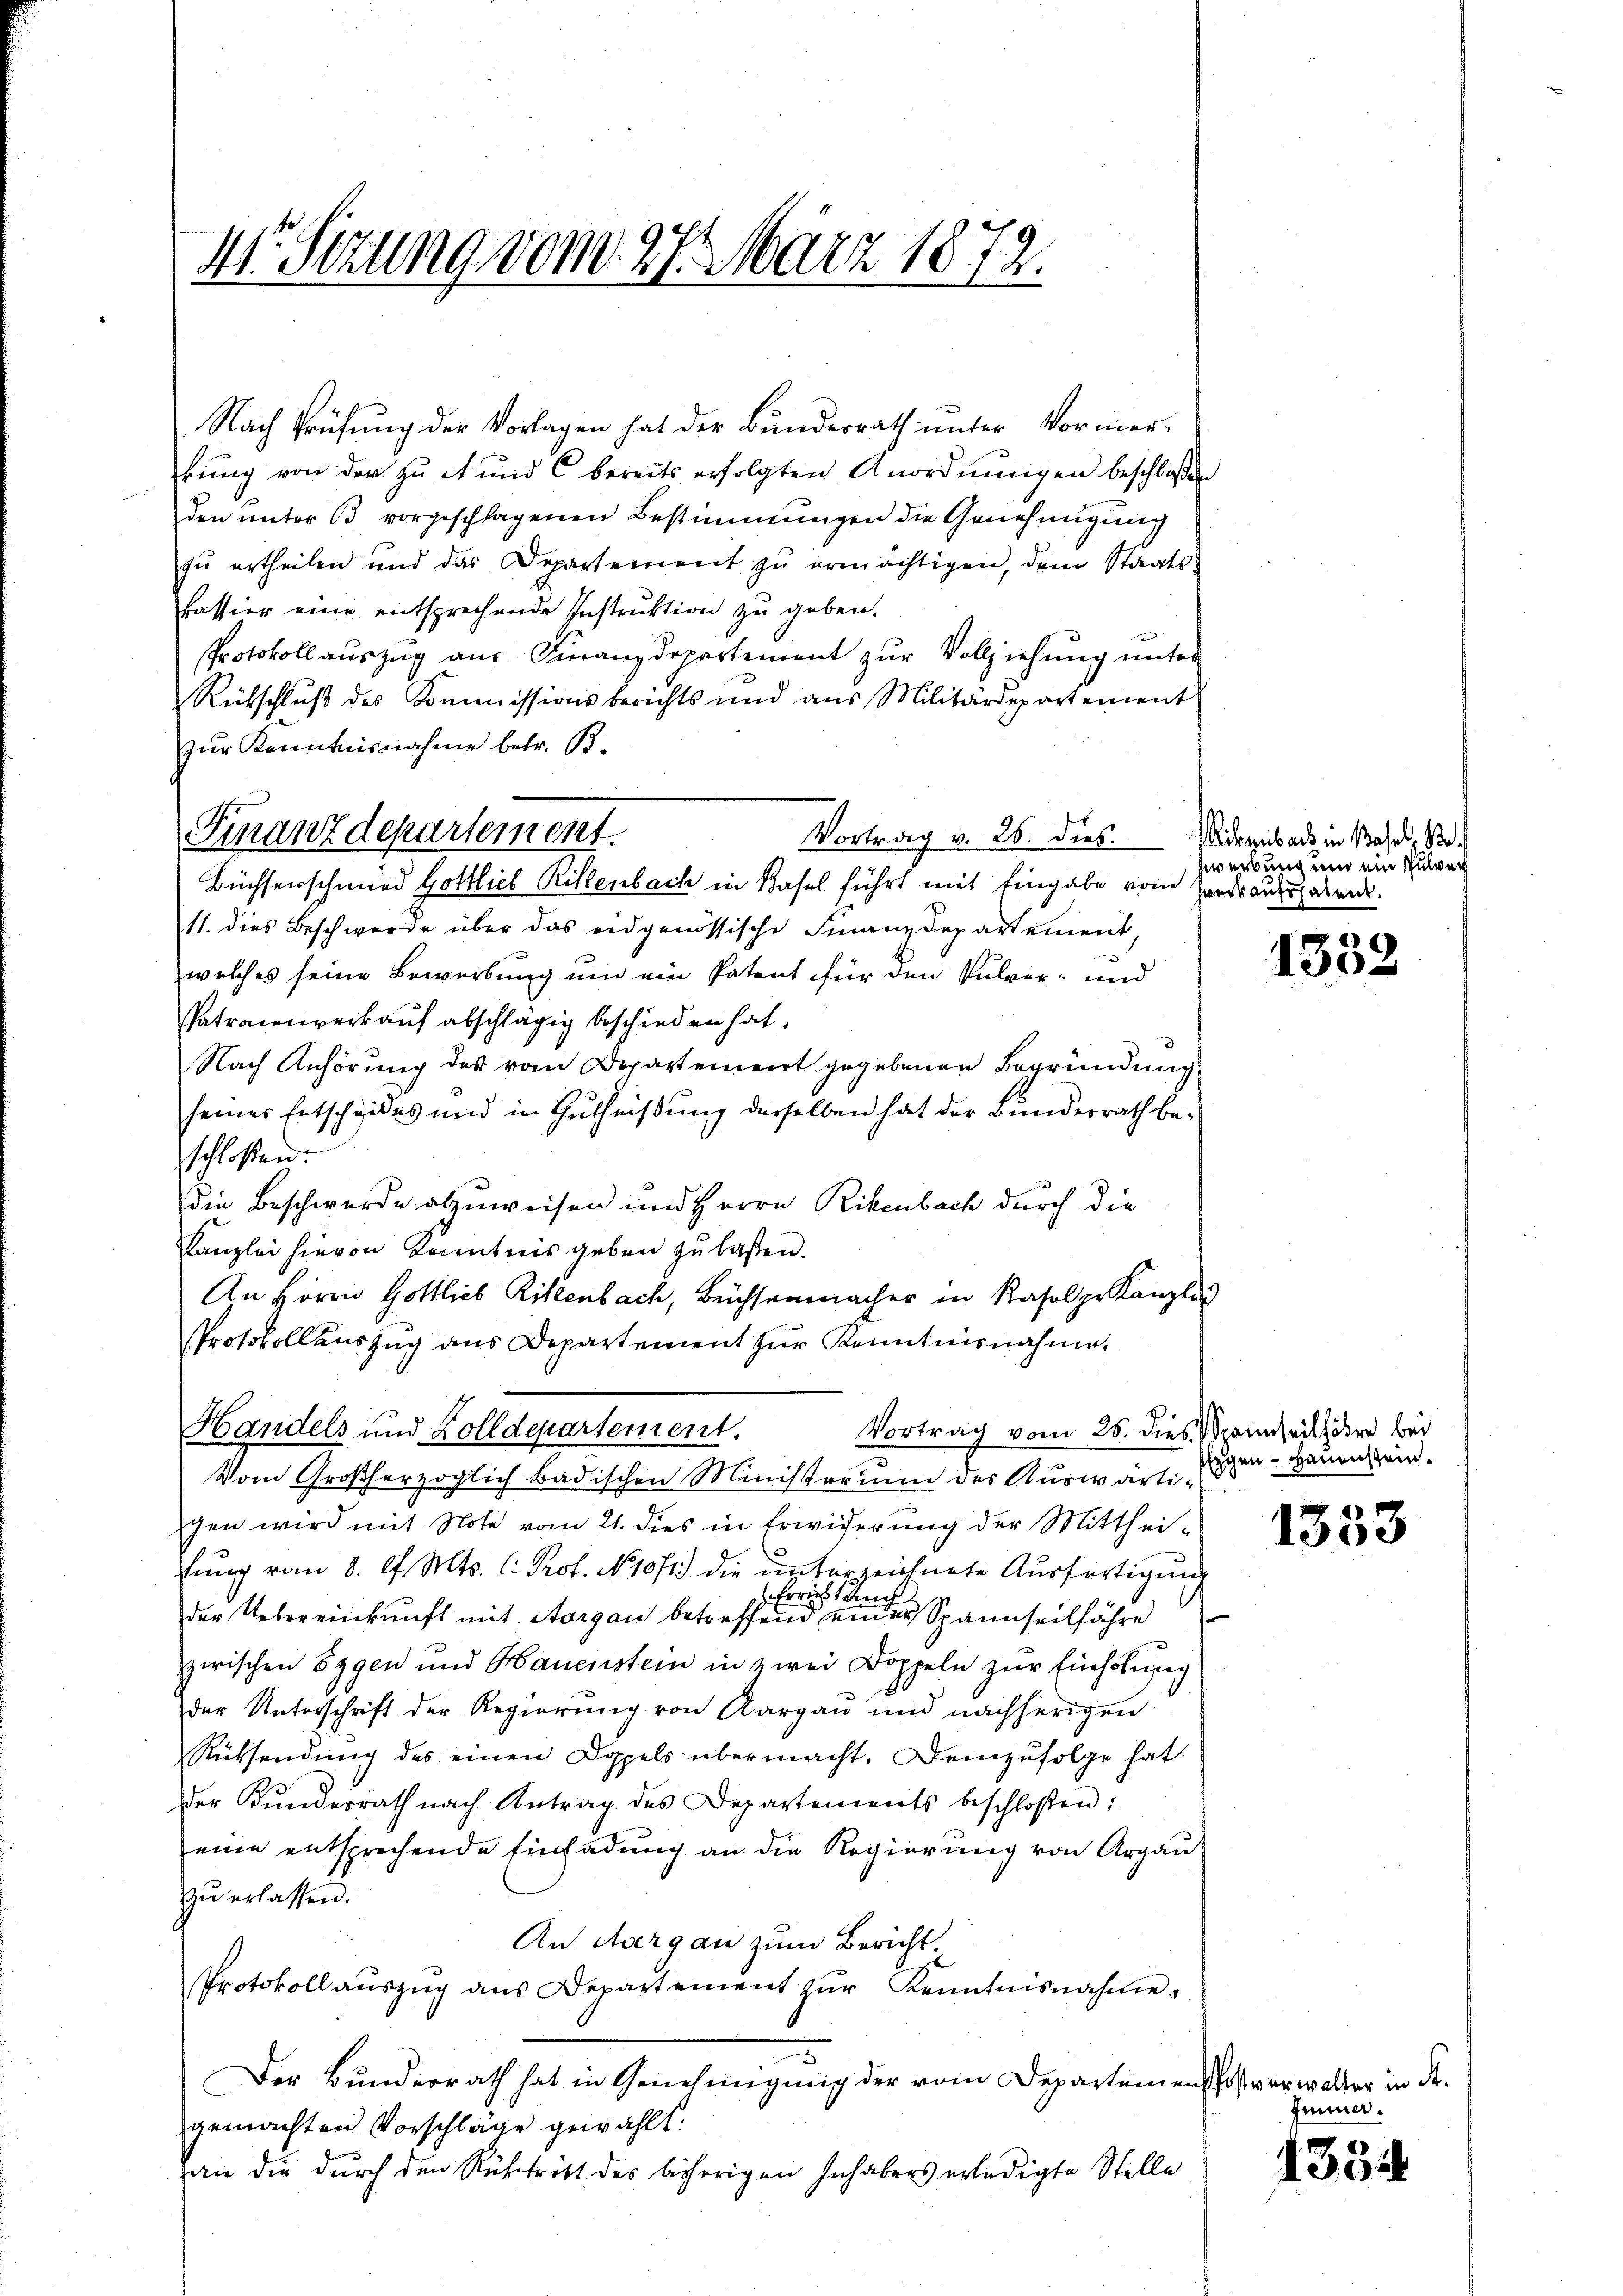
Nach Prüfung der Vorlagen hat der Bunderrath unter Vormer-
kung von der zu et und bereits erfolgten Anordnungen beschlossen
den unter B. vorgeschlagenen Bestimmungen die Genehmigung
zŭ ertheilen und das Departement zŭ ermächtigen, dem Staats-
kassier eine entsprechende Instruktion zu geben.
Protokollauszug aus Finanzdepartement zur Vollziehung unter
Rütschluß des Commissionsberichts und aus Militärdepartement
zur Kenntnisnahme betr. B.
Vortrag v. 26. dies Arens als in Basel, Be
Büchsenschmied Gottlieb Rillenbach in Basel führt mit Eingabe vom Zerdrausgaben.
11. dies Beschwerde über das eidgenössische Finanzdepartement,
welches seine Bewerbung um ein Patent für den Pulver- und
Patroconverkauf abschlägig beschieden hat,
Nach Anhörung des vom Departement gegebenen Begründung
seines Entscheides und in Gutheißung derselben hat der Bundesrath beschloßen:
die Beschwerde abzuweisen und Herrn Rikenbach durch die
Kanzlei hievon Kenntnis geben zu laßen.
An Herrn Gottlieb Rillenbach, Büchsenmacher in Kasalp. Kanzlei
Protokollauszug aus Departement zur Kenntnisnahme.
Vortrag vom 26. dies Mannheit höre bei
Handels und Zolldepartement.
Vom Großherzoglich badischen Ministerium der Auswärtigen wird mit Note vom 21. dies in Erwiderung der Mittheiglung vom 8. d. Mts. C. Prof. N. 1071.) die unterzeichnete Ausfertigung
Erricht auch
der Uebereinkunft mit Aargau betreffend einer Spannseilfahre
zwischen Segen und Hauenstein in zwei Doppeln zur Einholung
der Unterschrift der Regierung von Aargau und nachherigen
Rücksendung des einen Doppels übermacht. Demzufolge hat
der Kundesrath nach Antrag des Departements beschloßen:
eine entsprochende Einladung an die Regierung von Argauzŭ erlassen:
An Aargau zum Bericht
Protokoll aŭszŭg ans Departement zŭr Kenntnisnahme.
Der Bundesrath hat in Genehmigung der vom Departemens Postverwalter in de
gemachten Vorschläge gewählt:
an die durch den Rücktritt des bisherigen Inhabers erledigte Stelle

41. Setzung vom 27. März 1872.

Finanzdepartement.

zweibung und ein Pulver

1332

Eigen - Hauenstein.

1353

Zimmer.

1
1334